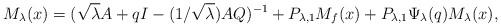
LaTeX: \begin{align*} M_\lambda(x) = (\sqrt\lambda A + q I - (1/\sqrt\lambda) AQ)^{-1} + P_{\lambda,1} M_f(x) + P_{\lambda,1} \Psi_\lambda(q) M_\lambda(x),\end{align*}